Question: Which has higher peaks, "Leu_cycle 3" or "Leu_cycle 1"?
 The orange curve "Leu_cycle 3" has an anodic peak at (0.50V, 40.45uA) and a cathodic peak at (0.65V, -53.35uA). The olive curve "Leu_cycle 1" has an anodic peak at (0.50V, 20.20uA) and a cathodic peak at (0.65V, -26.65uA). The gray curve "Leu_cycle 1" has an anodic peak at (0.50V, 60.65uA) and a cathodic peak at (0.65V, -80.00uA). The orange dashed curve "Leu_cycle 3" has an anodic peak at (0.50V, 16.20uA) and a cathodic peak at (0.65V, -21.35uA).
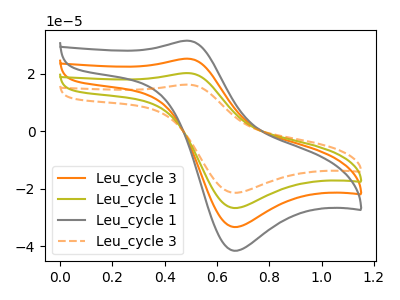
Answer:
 <answer>Every peak in "Leu_cycle 3" is lower than every peak in "Leu_cycle 1".</answer>
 <eval>lower</eval>